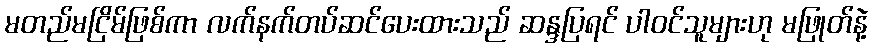
မတည်မငြိမ်ဖြစ်ကာ လက်နက်တပ်ဆင်ပေးထားသည် ဆန္ဒပြရင် ပါဝင်သူများဟု မဖြုတ်နဲ့